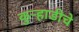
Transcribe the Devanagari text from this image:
कुऱ्हाडीचे